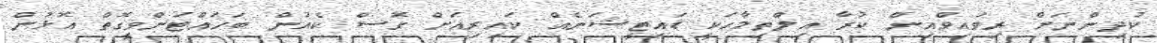
ކުދިންނަށް ރިވައިވްއިން ކުރާ އިލްތިމާހަކީ ޑައިޓީޝަނެއް ކައިރިއަށް ގޮސް ކެއުން ބަހައްޓަންވީގޮތް އޮޅުން